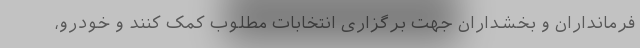
فرمانداران و بخشداران جهت برگزاری انتخابات مطلوب کمک کنند و خودرو،